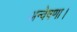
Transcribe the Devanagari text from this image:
अन्वेषणा।